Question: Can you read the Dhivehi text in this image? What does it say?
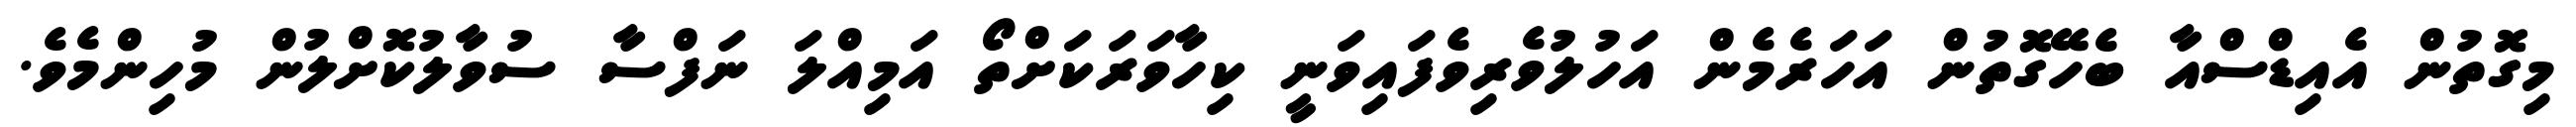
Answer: މިގޮތުން އެއިޑްސްއާ ބެހޭގޮތުން އަހަރެމެން އަހުލުވެރިވެފައިވަނީ ކިހާވަރަކަށްތޯ އަމިއްލަ ނަފްސާ ސުވާލުކޮށްލުން މުހިންމެވެ.